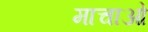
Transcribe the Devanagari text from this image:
माचाओ